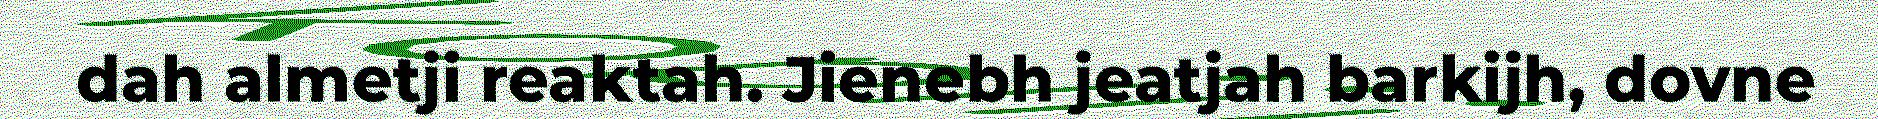
dah almetji reaktah. Jienebh jeatjah barkijh, dovne